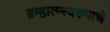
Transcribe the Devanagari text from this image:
ब्रम्हात्म्स्वरुपाचे